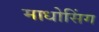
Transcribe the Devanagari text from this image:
माधोसिंग